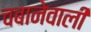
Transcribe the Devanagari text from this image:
चबानेवाली